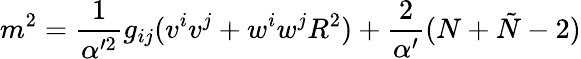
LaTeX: m^{2}=\frac{1}{\alpha^{\prime 2}}g_{ij}(v^{i}v^{j}+w^{i}w^{j}R^{2})+\frac{2}{\alpha^{\prime}}(N+\tilde{N}-2)